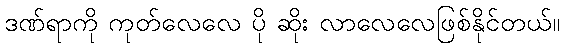
ဒဏ်ရာကို ကုတ်လေလေ ပို ဆိုး လာလေလေဖြစ်နိုင်တယ်။